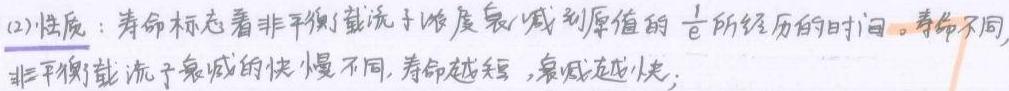
(2)性质：寿命标志着非平衡载流子浓度衰减到原值的$\frac{1}{e}$所经历的时间。寿命不同，非平衡载流子衰减的快慢不同，寿命越短，衰减越快；